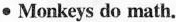
● Monkeys do math.